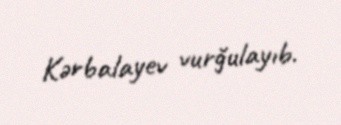
Kərbalayev vurğulayıb.